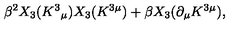
\beta ^ { 2 } X _ { 3 } ( K ^ { 3 } { } _ { \mu } ) X _ { 3 } ( K ^ { 3 \mu } ) + \beta X _ { 3 } ( \partial _ { \mu } K ^ { 3 \mu } ) ,